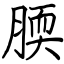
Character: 腝